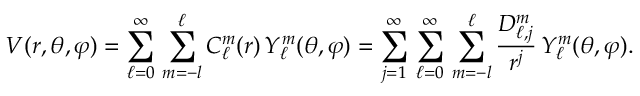
V ( r , \theta , \varphi ) = \sum _ { \ell = 0 } ^ { \infty } \, \sum _ { m = - l } ^ { \ell } C _ { \ell } ^ { m } ( r ) \, Y _ { \ell } ^ { m } ( \theta , \varphi ) = \sum _ { j = 1 } ^ { \infty } \, \sum _ { \ell = 0 } ^ { \infty } \, \sum _ { m = - l } ^ { \ell } { \frac { D _ { \ell , j } ^ { m } } { r ^ { j } } } \, Y _ { \ell } ^ { m } ( \theta , \varphi ) .